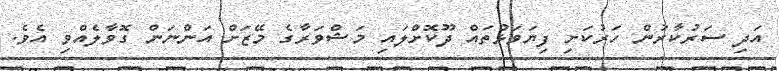
އަދި ސަރުކާރުން ހަރުކަށި ފިޔަވަޅުތައް ދޫކޮށްލައި މަޝްވަރާގެ މޭޒަށް އަަންނަން ގޮވާލެއްވި އެވެ.